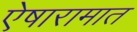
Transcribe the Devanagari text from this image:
ऐषारामात